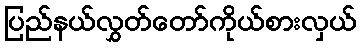
ပြည်နယ်လွှတ်တော်ကိုယ်စားလှယ်